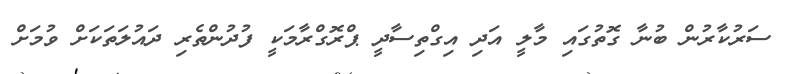
ސަރުކާރުން ބުނާ ގޮތުގައި މާލީ އަދި އިގްތިސާދީ ޕްރޮގްރާމަކީ ފުދުންތެރި ދައުލަތަކަށް ވުމަށް